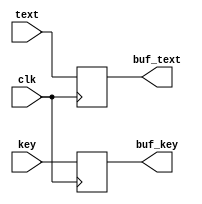
module buf128 (
	input [127:0] text,
	input [127:0] key,
	input clk,
	output reg [127:0] buf_text,
	output reg [127:0] buf_key);

always @(posedge clk) begin 
buf_text<=text;
buf_key<=key;
end
endmodule